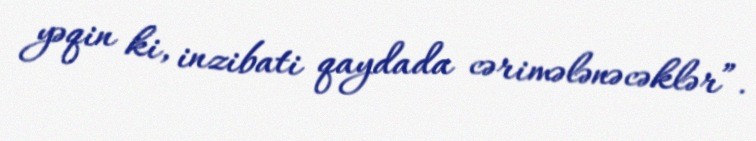
yəqin ki, inzibati qaydada cərimələnəcəklər”.